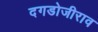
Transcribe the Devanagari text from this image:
दगडोजीराव